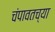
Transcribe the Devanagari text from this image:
चंपावतच्या